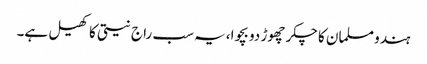
ہندو مسلمان کا چکر چھوڑ دو بچوا،یہ سب راج نیتی کا کھیل ہے۔